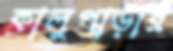
কালুপাড়ার